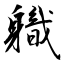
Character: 軄